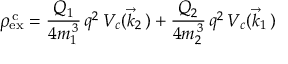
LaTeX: \rho _ { \mathrm { e x } } ^ { \, \mathrm c } = \frac { Q _ { 1 } } { 4 m _ { 1 } ^ { \, 3 } } \, q ^ { 2 } \, V _ { c } ( \vec { k } _ { 2 } \, ) + \frac { Q _ { 2 } } { 4 m _ { 2 } ^ { \, 3 } } \, q ^ { 2 } \, V _ { c } ( \vec { k } _ { 1 } \, )